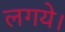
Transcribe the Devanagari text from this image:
लगये।